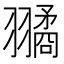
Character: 𦒔